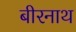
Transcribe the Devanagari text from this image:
बीरनाथ